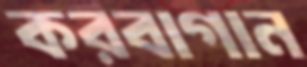
করবাগান